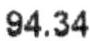
94.34